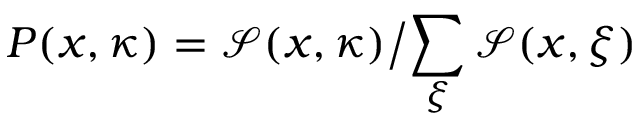
P ( x , \kappa ) = { \mathcal { S } ( x , \kappa ) } \big / { \sum _ { \xi } \mathcal { S } ( x , \xi ) }